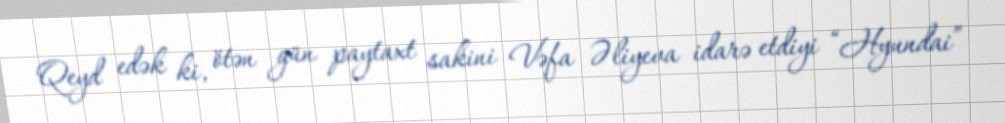
Qeyd edək ki, ötən gün paytaxt sakini Vəfa Əliyeva idarə etdiyi “Hyundai”